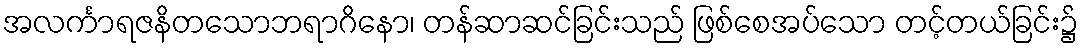
အလင်္ကာရဇနိတသောဘရာဂိနော၊ တန်ဆာဆင်ခြင်းသည် ဖြစ်စေအပ်သော တင့်တယ်ခြင်း၌